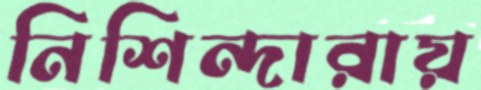
নিশিন্দারায়